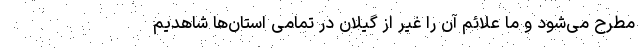
مطرح می‌شود و ما علائم آن را غیر از گیلان در تمامی استان‌ها شاهدیم